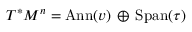
T ^ { * } M ^ { n } = \mathrm { A n n } ( v ) \, \oplus \, \mathrm { S p a n } ( \tau )